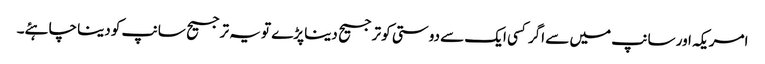
امریکہ اور سانپ میں سے اگر کسی ایک سے دوستی کو ترجیح دینا پڑے تو یہ ترجیح سانپ کو دینا چاہئے۔